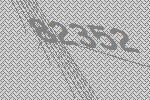
82352